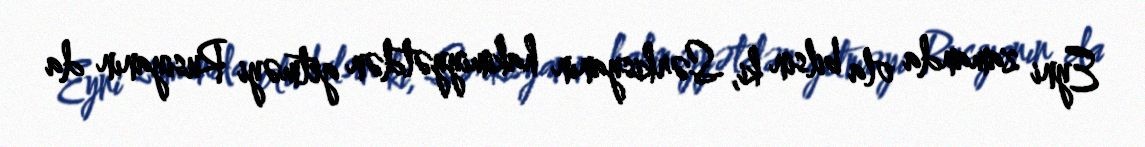
Eyni zamanda ola bilsin ki, Sərkisyanın hakimiyyətdən getməyi Rusiyanın da